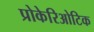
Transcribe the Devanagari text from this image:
प्रोकेरिओटिक